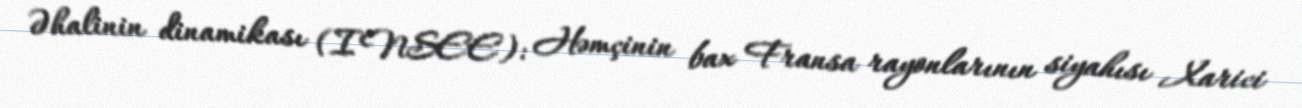
Əhalinin dinamikası (INSEE): Həmçinin bax Fransa rayonlarının siyahısı Xarici